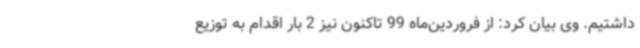
داشتیم. وی بیان کرد: از فروردین‌ماه 99 تاکنون نیز 2 بار اقدام به توزیع